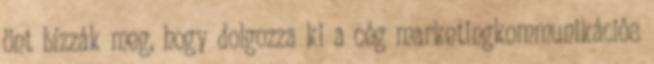
önt bízzák meg, hogy dolgozza ki a cég marketingkommunikációs